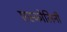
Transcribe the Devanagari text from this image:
एस्कोलिनी